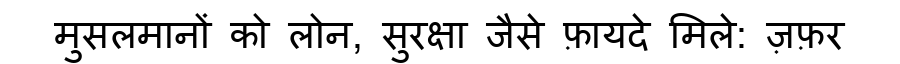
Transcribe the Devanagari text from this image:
मुसलमानों को लोन, सुरक्षा जैसे फ़ायदे मिले: ज़फ़र